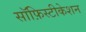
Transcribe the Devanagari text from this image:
सॉफ़िस्टीकेशन